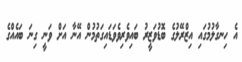
އެ ހިނގާލުމުގައި އިޒްރޭލުގެ ބޮޑުވަޒީރު ބައިވެރިވެވަޑައިގަތުމުން އޭނާ އަށް ވަނީ ގިނަ ބައެއްގެ